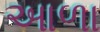
આળા